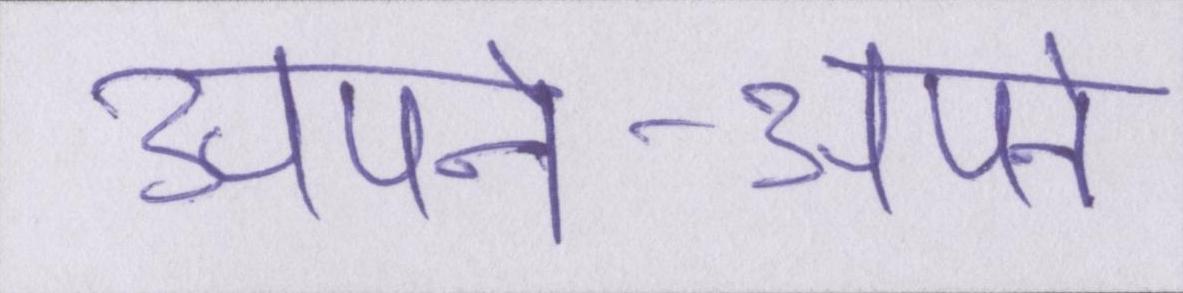
अपने-अपने